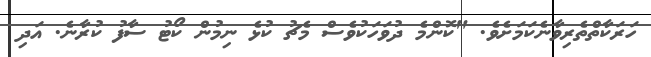
ހަރަކާތްތެރިވާނެކަމަށެވެ. "ކޮންމެ ދުވަހަކުވެސް މެޗު ކުޅެ ނިމުން ކޯޓު ސާފު ކުރާނެ. އަދި